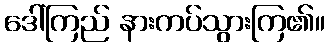
ဒေါ်ကြည် နားကပ်သွားကြ၏။